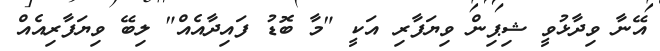
އޭނާ ވިދާޅުވީ ޝިޕިން ވިޔަފާރި އަކީ "މާ ބޮޑު ފައިދާއެއް" ލިބޭ ވިޔަފާރިއެއް